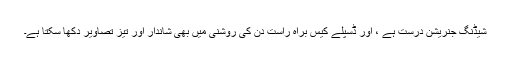
شیڈنگ جنریشن درست ہے ، اور ڈسپلے کیس براہ راست دن کی روشنی میں بھی شاندار اور تیز تصاویر دکھا سکتا ہے۔